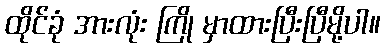
ထိုင်ခုံ အားလုံး ကြို မှာထားပြီးပြီမို့ပါ။